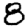
Digit: 8